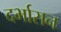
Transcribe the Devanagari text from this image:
दर्भासन